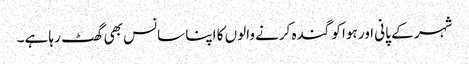
شہر کے پانی اور ہوا کو گندہ کرنے والوں کا اپنا سانس بھی گھٹ رہا ہے۔